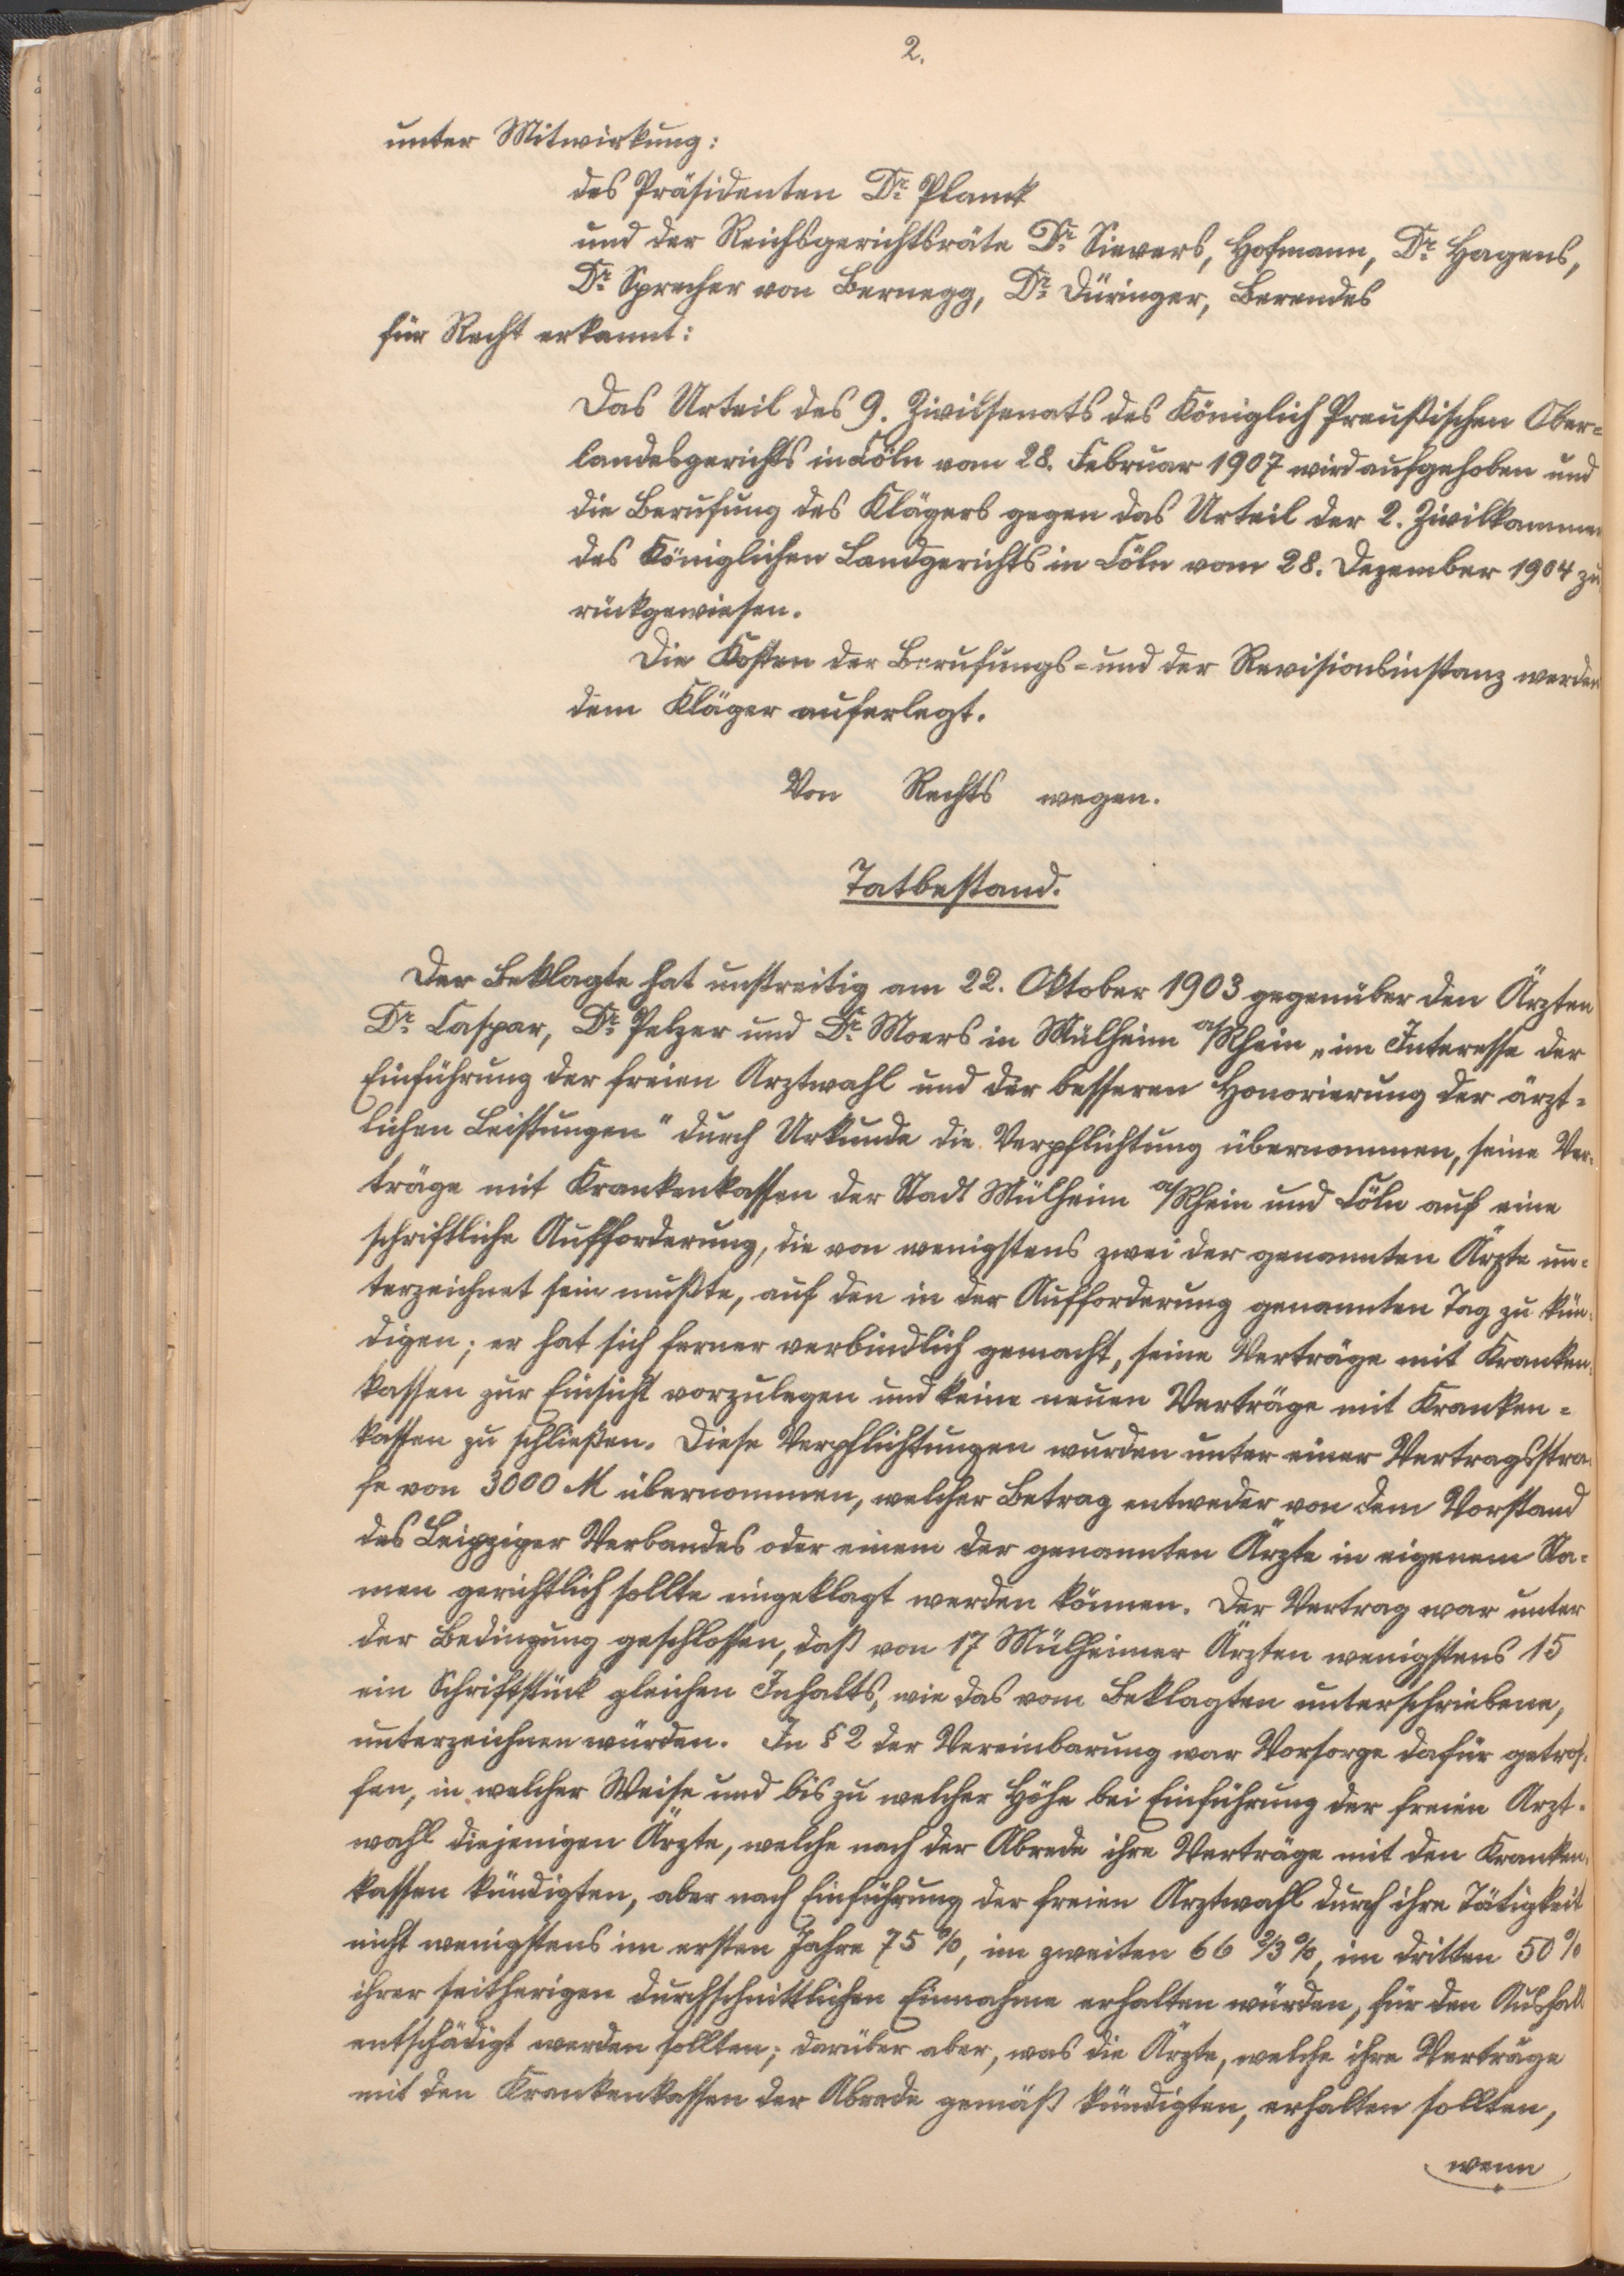
2.

unter Mitwirkung:
[...]
[...]
[...]
für Recht erkannt:
Das Urteil des 9. Zivilsenats des Königlich Preußischen Ober¬
landesgerichts in Cöln vom 28. Februar 1907 wird aufgehoben und
die Berufung des Klägers gegen das Urteil der 2. Zivilkammer
des Königlichen Landgerichts in Cöln vom 28. Dezember 1904 zu¬
rückgewiesen.
Die Kosten der Berufungs- und der Revisionsinstanz werden
dem Kläger auferlegt.
Von Rechts wegen.

Tatbestand.
Der Beklagte hat unstreitig am 22. Oktober 1903 gegenüber den Ärzten
Dr. C., Dr. P. und Dr. M. in M. a/Rh. „im Interesse der
Einführung der freien Arztwahl und der besseren Honorierung der ärzt¬
lichen Leistungen" durch Urkunde die Verpflichtung übernommen, seine Ver¬
träge mit Krankenkassen der Stadt M. a/Rh. und Cöln auf eine
schriftliche Aufforderung, die von wenigstens zwei der genannten Ärzte un¬
terzeichnet sein mußte, auf den in der Aufforderung genannten Tag zu kün¬
digen; er hat sich ferner verbindlich gemacht, seine Verträge mit Kranken¬
kassen zur Einsicht vorzulegen und keine neuen Verträge mit Kranken¬
kassen zu schließen. Diese Verpflichtungen wurden unter einer Vertragsstra¬
fe von 3000 M übernommen, welcher Betrag entweder von dem Vorstand
des Leipziger Verbandes oder einem der genannten Ärzte in eigenem Na¬
men gerichtlich sollte eingeklagt werden können. Der Vertrag war unter
der Bedingung geschlossen, daß von 17 M.heimer Ärzten wenigstens 15
ein Schriftstück gleichen Inhalts, wie das vom Beklagten unterschriebene,
unterzeichnen würden. In § 2 der Vereinbarung war Vorsorge dafür getrof¬
fen in welcher Weise und bis zu welcher Höhe bei Einführung der freien Arzt¬
wahl diejenigen Ärzte, welche nach der Abrede ihre Verträge mit den Kranken¬
kassen kündigten, aber nach Einführung der freien Arztwahl durch ihre Tätigkeit
nicht wenigstens im ersten Jahre 75 %, im zweiten 66 2/3 %, im dritten 50 %
ihrer seitherigen durchschnittlichen Einnahme erhalten würden, für den Ausfall
entschädigt werden sollten; darüber aber, was die Ärzte, welche ihre Verträge
mit den Krankenkassen der Abrede gemäß kündigten, erhalten sollten,
wenn